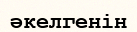
әкелгенін